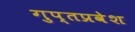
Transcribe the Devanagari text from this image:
गुप्तप्रवेश